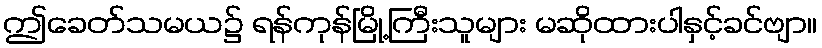
ဤခေတ်သမယ၌ ရန်ကုန်မြို့ကြီးသူများ မဆိုထားပါနှင့်ခင်ဗျာ။